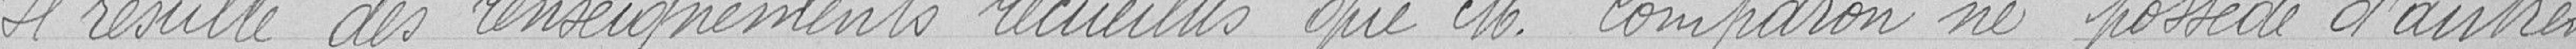
Il résulte des renseignements recueillis que M. Comparon ne possède d'autres